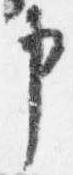
申